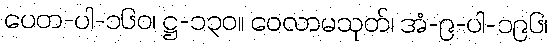
ပေတ-ပါ-၁၆၀၊ ဋ္ဌ-၁၃၀။ ဝေလာမသုတ်၊ အံ-၉-ပါ-၁၉၆၊